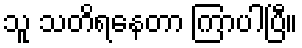
သူ သတိရနေတာ ကြာပါပြီ။